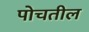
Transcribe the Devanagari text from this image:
पोचतील